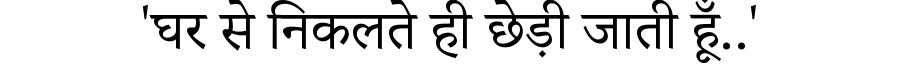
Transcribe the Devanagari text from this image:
'घर से निकलते ही छेड़ी जाती हूँ..'